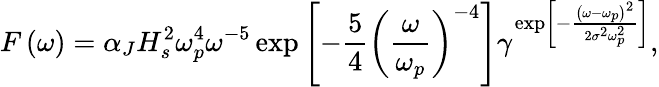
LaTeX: F\left(\omega\right)=\alpha_{J}H_{s}^{2}\omega_{p}^{4}\omega^{-5}\exp\left[-\frac{5}{4}\left(\frac{\omega}{\omega_{p}}\right)^{-4}\right]\gamma^{\exp\left[-\frac{\left(\omega-\omega_{p}\right)^{2}}{2\sigma^{2}\omega_{p}^{2}}\right]},